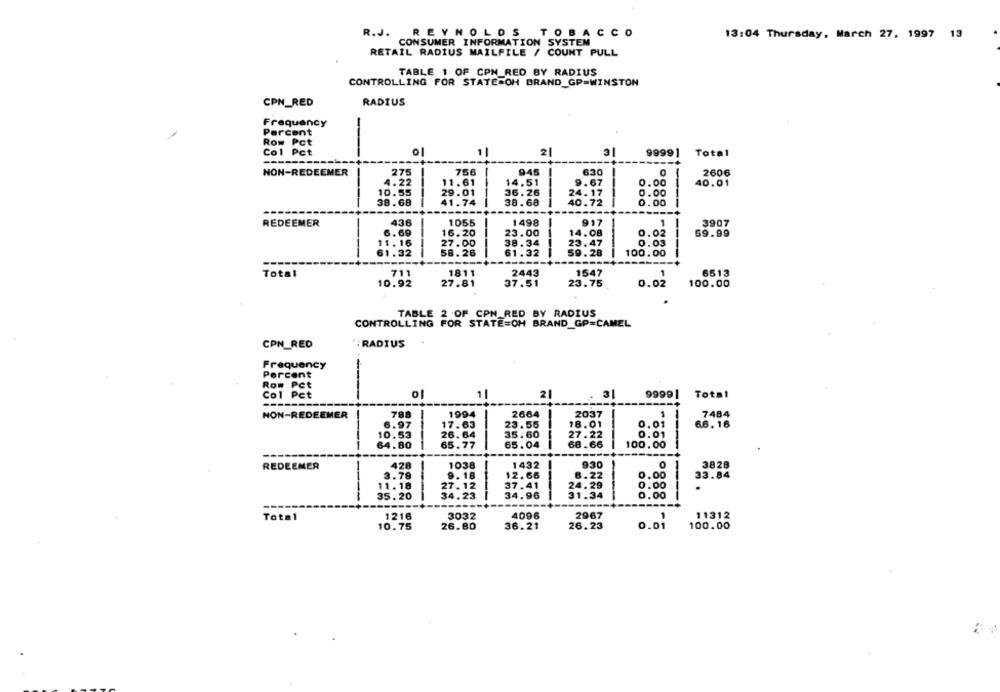
R.J.
REYNOLDS
TOBACCO
13:04 Thursday, March 27, 1997 13
CONSUMER INFORMATION SYSTEM
RETAIL RADIUS MAILFILE / COUNT PULL
TABLE 1 OF CPM_RED BY RADIUS
CONTROLLING FOR STATE=OH BRAND_GP=WINSTON
CPN_RED
RADIUS
Frequency
Percent
-
Row Pct
Co1 Pct
01
11
2
3
99991
Total
NON-REDEEMER
275
756
945
630
0
2606
4.22
11.61
14.51
9.67
0.00
40.01
10.55
29.01
36.26
24.17
0.00
41.74
40.72
38.68
38.68
0.00
REDEEMER
436
1055
1498
917
3907
-
6.69
16.20
23.00
14.08
0.02
59.99
11. 16
27.00
38.34
23.47
0.03
61.32
58.26
61.32
59.28
100.00
Total
711
1811
2443
1547
6513
10.92
27.81
37.51
23.75
0.02
100.00
TABLE 2 OF CPN_RED BY RADIUS
CONTROLLING FOR STATE=OH BRAND GP=CAMEL
CPN_RED
: RADIUS
Frequency
Percent
Row Pct
Col Pet
1
2
31
99991
Total
--
NON-REDEEMER
788
1994
2664
2037
1
7484
6.97
17.63
23.55
18.01
0.01
6.6.16
10.53
26.64
35.60
27.22
0.01
64.80
65.77
65.04
68.66
100.00
428
930
REDEEMER
1038
1432
3828
-
3.78
9.18
12.66
8.22
33.84
11.18
27.12
37.41
24.29
0.00
.
35.20
34.23
34.96
31.34
0.00
---
Total
1216
3032
4096
2967
11312
36.21
26.23
100.00
10.75
26.80
0.01